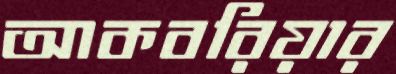
আকবরিয়ার